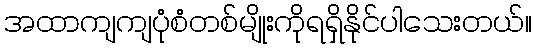
အထာကျကျပုံစံတစ်မျိုးကိုရရှိနိုင်ပါသေးတယ်။